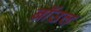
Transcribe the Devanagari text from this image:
ब्राॅउल